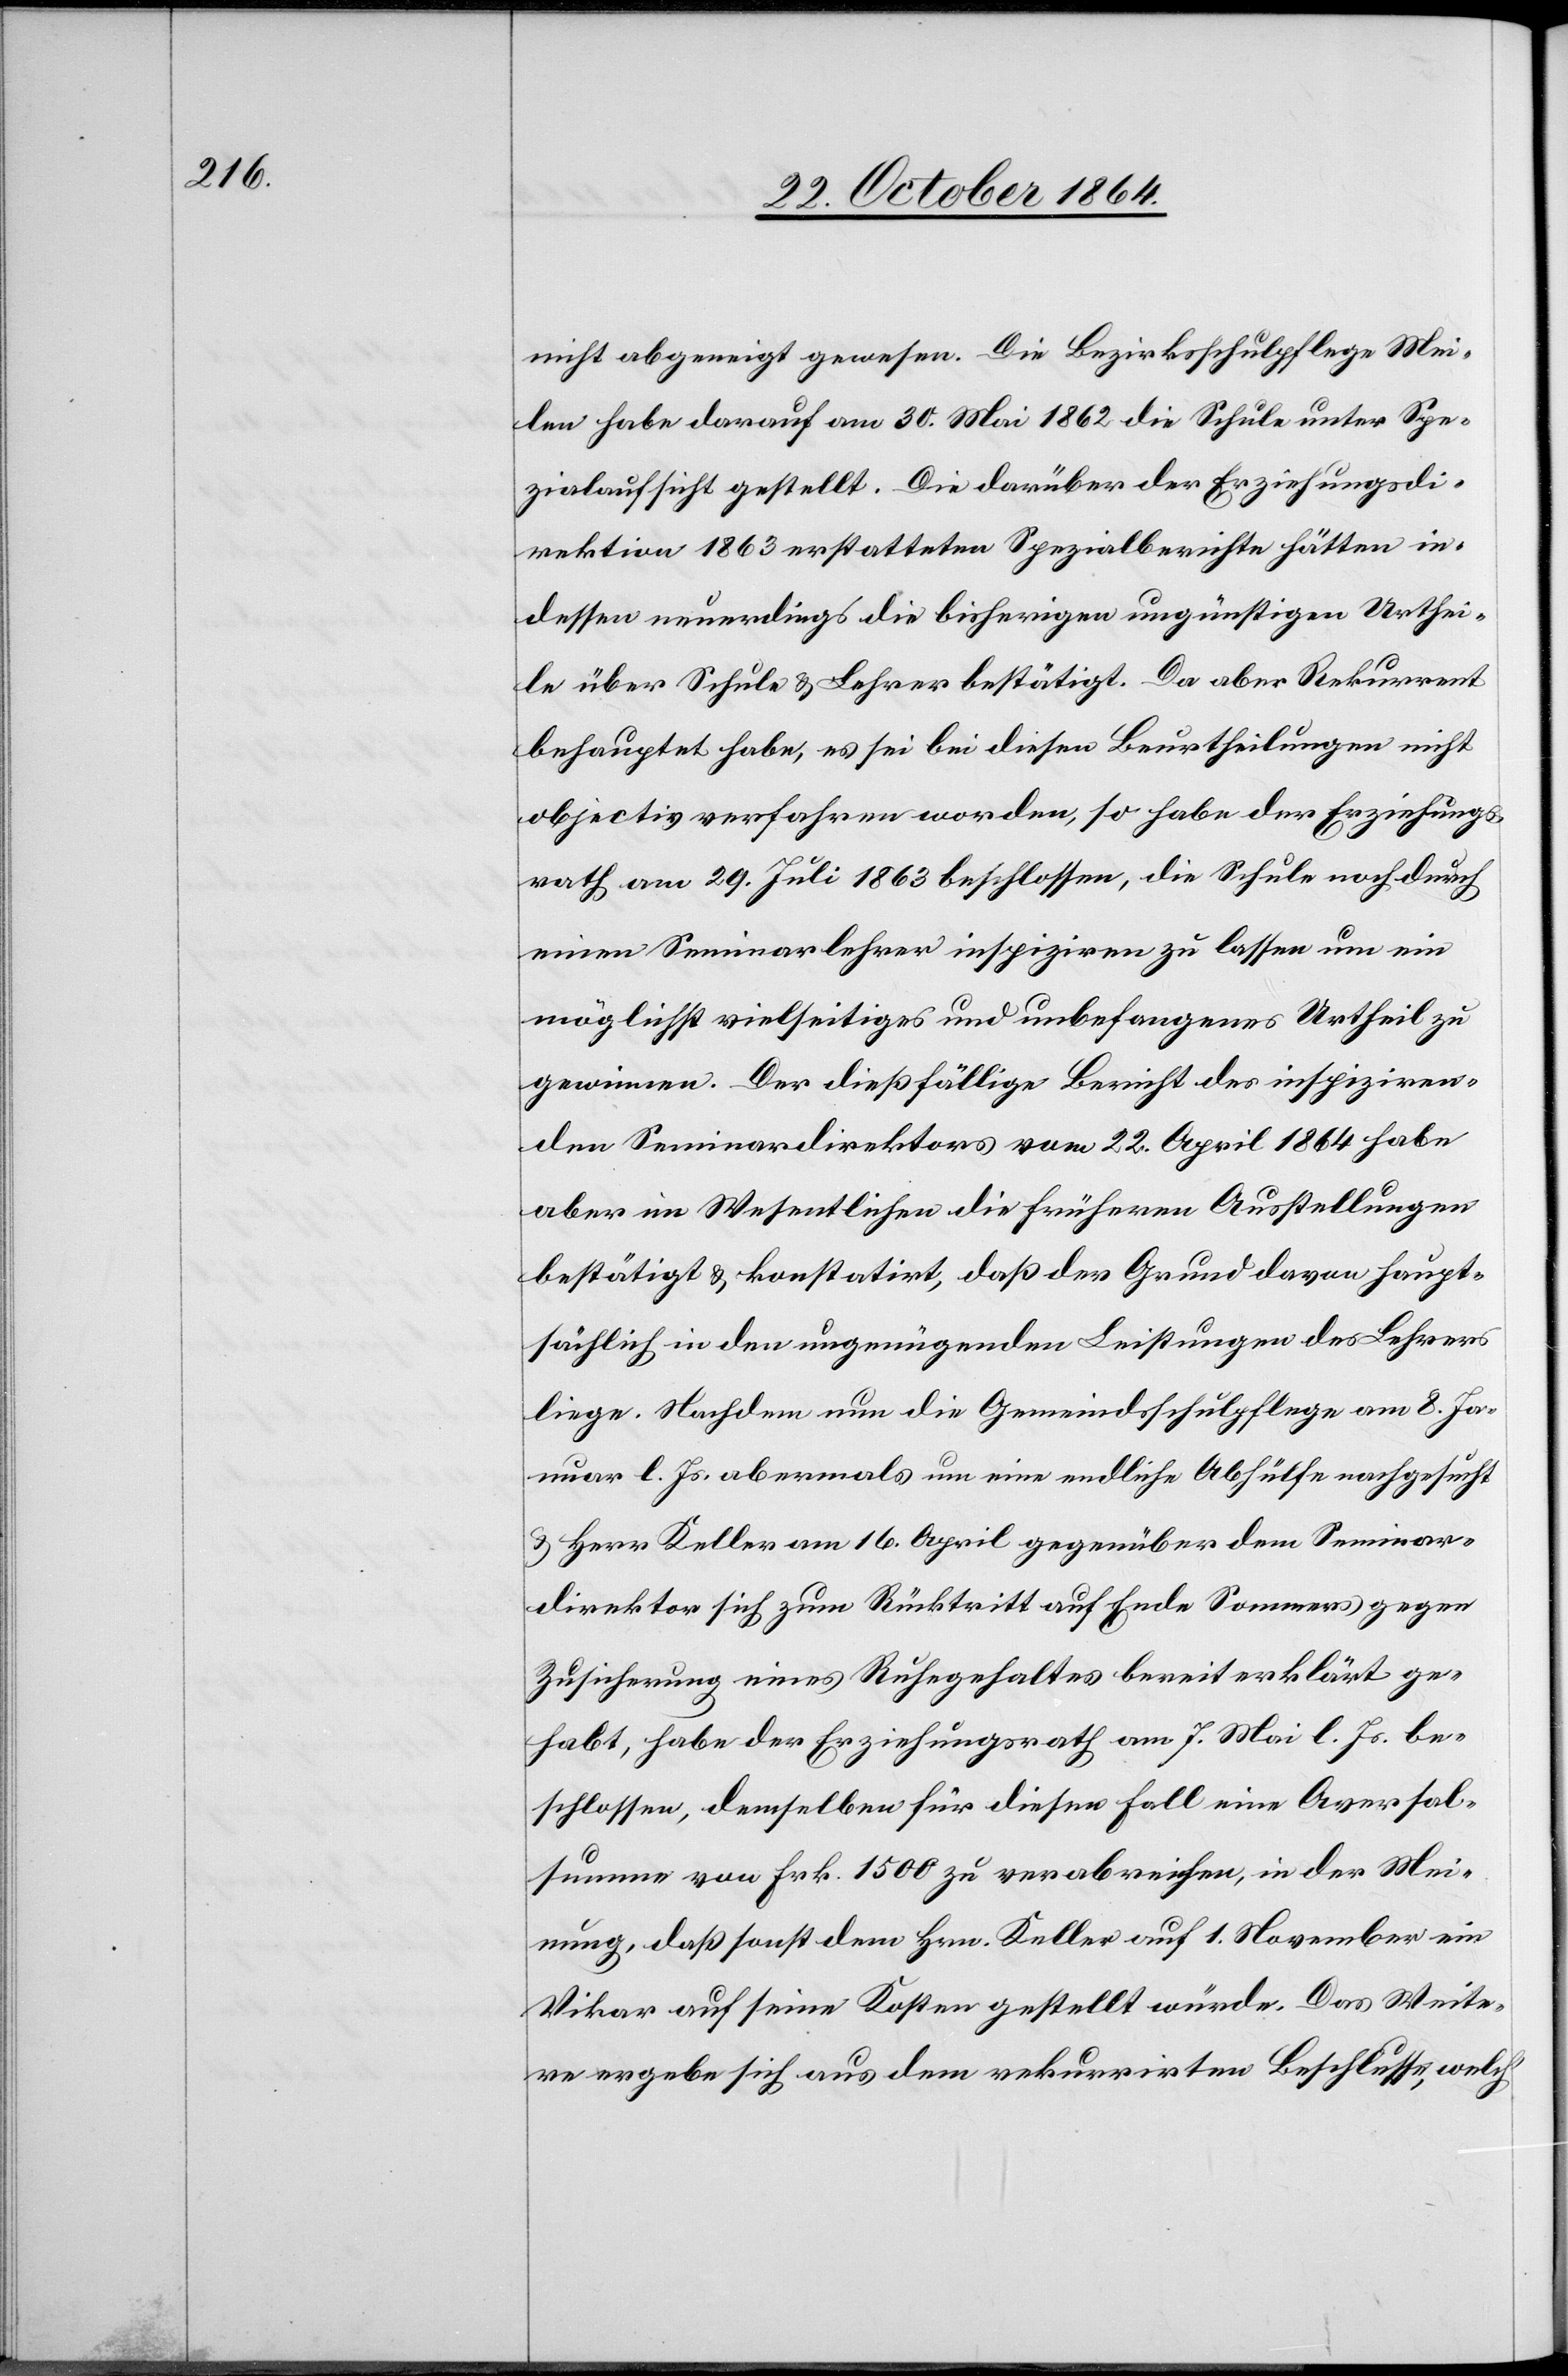
nicht abgeneigt gewesen. Die Bezirksschulpflege Mei¬
len habe darauf am 30. Mai 1862 die Schule unter Spe¬
zialaufsicht gestellt. Die darüber der Erziehungsdi¬
rektion 1863 erstatteten Spezialberichte hätten in¬
dessen neuerdings die bisherigen ungünstigen Urthei¬
le über Schule & Lehrer bestätigt. Da aber Rekurrent
behauptet habe, es sei bei diesen Beurtheilungen nicht
objectiv verfahren worden, so habe der Erziehungs¬
rath am 29. Juli 1863 beschlossen, die Schule noch durch
einen Seminarlehrer inspiziren zu lassen um ein
möglichst vielseitiges und unbefangenes Urtheil zu
gewinnen. Der Dießfällige Bericht des inspiziren¬
den Seminardirektors vom 22. April 1864 habe
aber im Wesentlichen die früheren Ausstellungen
bestätigt & konstatirt, daß der Grund davon haupt¬
sächlich in den ungenügenden Leistungen des Lehrers
liege. Nachdem nun die Gemeindsschulpflege am 8. Ja¬
nuar l. Js. abermals um eine endliche Abhülfe nachgesucht
& Herr Keller am 16. April gegenüber dem Seminar¬
direktor sich zum Rücktritt auf Ende Sommers gegen
Zusicherung eines Ruhegehaltes bereit erklärt ge¬
habt, habe der Erziehungsrath am 7. Mai l. Js. be¬
schlossen, demselben für diesen Fall eine Aversal¬
summe von Frk. 1500 zu verabreichen, in der Mei¬
nung, daß sonst dem Hrn. Keller auf 1. November ein
Vikar auf seine Kosten gestellt würde. Das Weite¬
re ergebe sich aus dem rekurrirten Beschlusse, welch